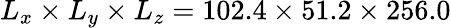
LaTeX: L_{x}\times L_{y}\times L_{z}=102.4\times 51.2\times 256.0